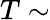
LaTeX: T\sim